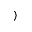
)